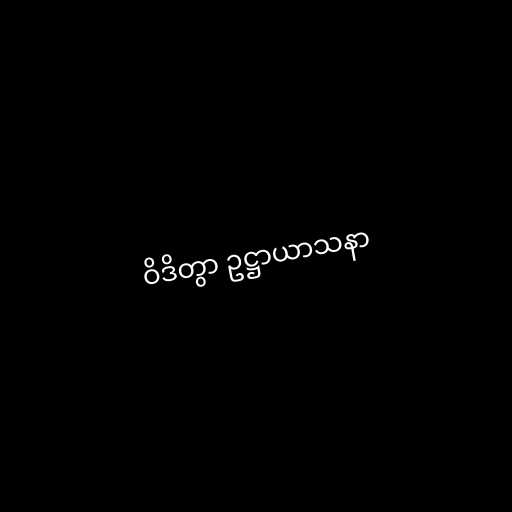
ဝိဒိတွာ ဥဋ္ဌာယာသနာ